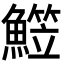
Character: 𩻒